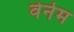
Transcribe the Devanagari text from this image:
वेर्नेम